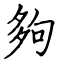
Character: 夠